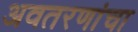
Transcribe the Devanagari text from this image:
अवतरणांचा